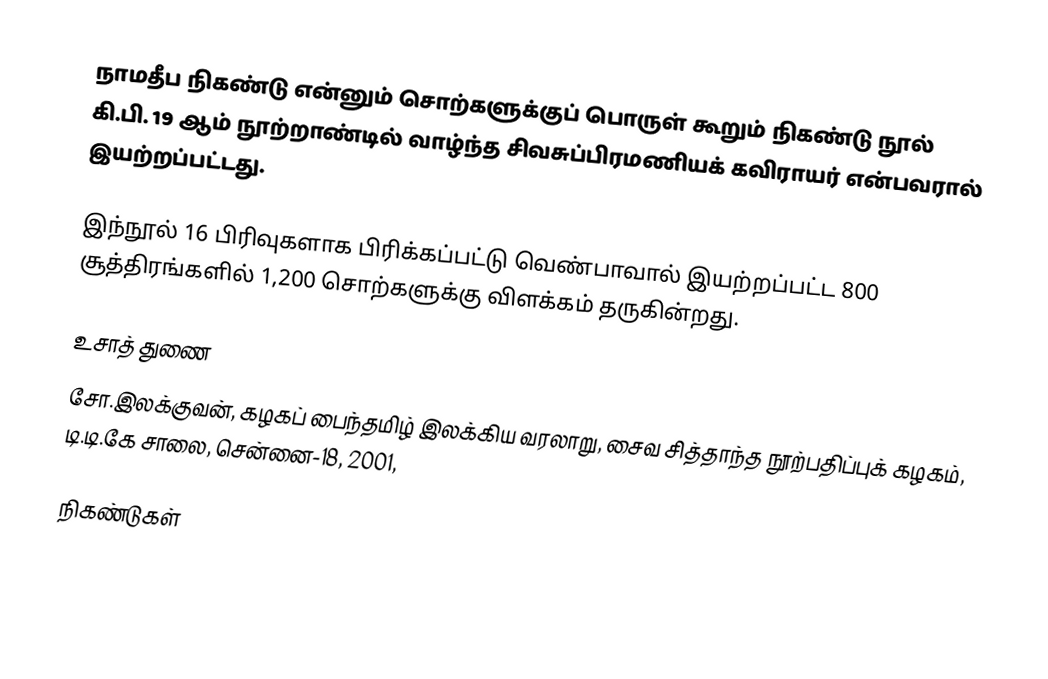
நாமதீப நிகண்டு என்னும் சொற்களுக்குப் பொருள் கூறும் நிகண்டு நூல் கி.பி. 19 ஆம் நூற்றாண்டில் வாழ்ந்த சிவசுப்பிரமணியக் கவிராயர் என்பவரால் இயற்றப்பட்டது.

இந்நூல் 16 பிரிவுகளாக பிரிக்கப்பட்டு வெண்பாவால் இயற்றப்பட்ட 800 சூத்திரங்களில் 1,200 சொற்களுக்கு விளக்கம் தருகின்றது.

உசாத் துணை
சோ.இலக்குவன், கழகப் பைந்தமிழ் இலக்கிய வரலாறு, சைவ சித்தாந்த நூற்பதிப்புக் கழகம், டி.டி.கே சாலை, சென்னை-18, 2001,

நிகண்டுகள்